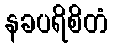
နခပရိစိတံ